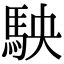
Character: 駚